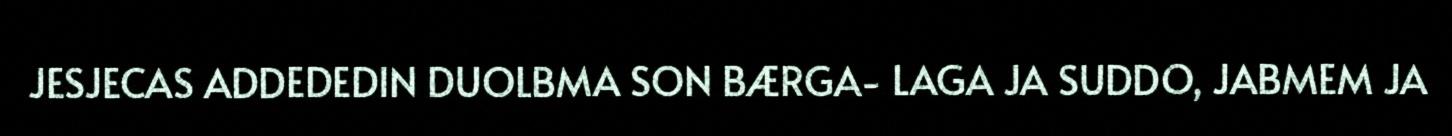
JESJECAS ADDEDEDIN DUOLBMA SON BÆRGA- LAGA JA SUDDO, JABMEM JA